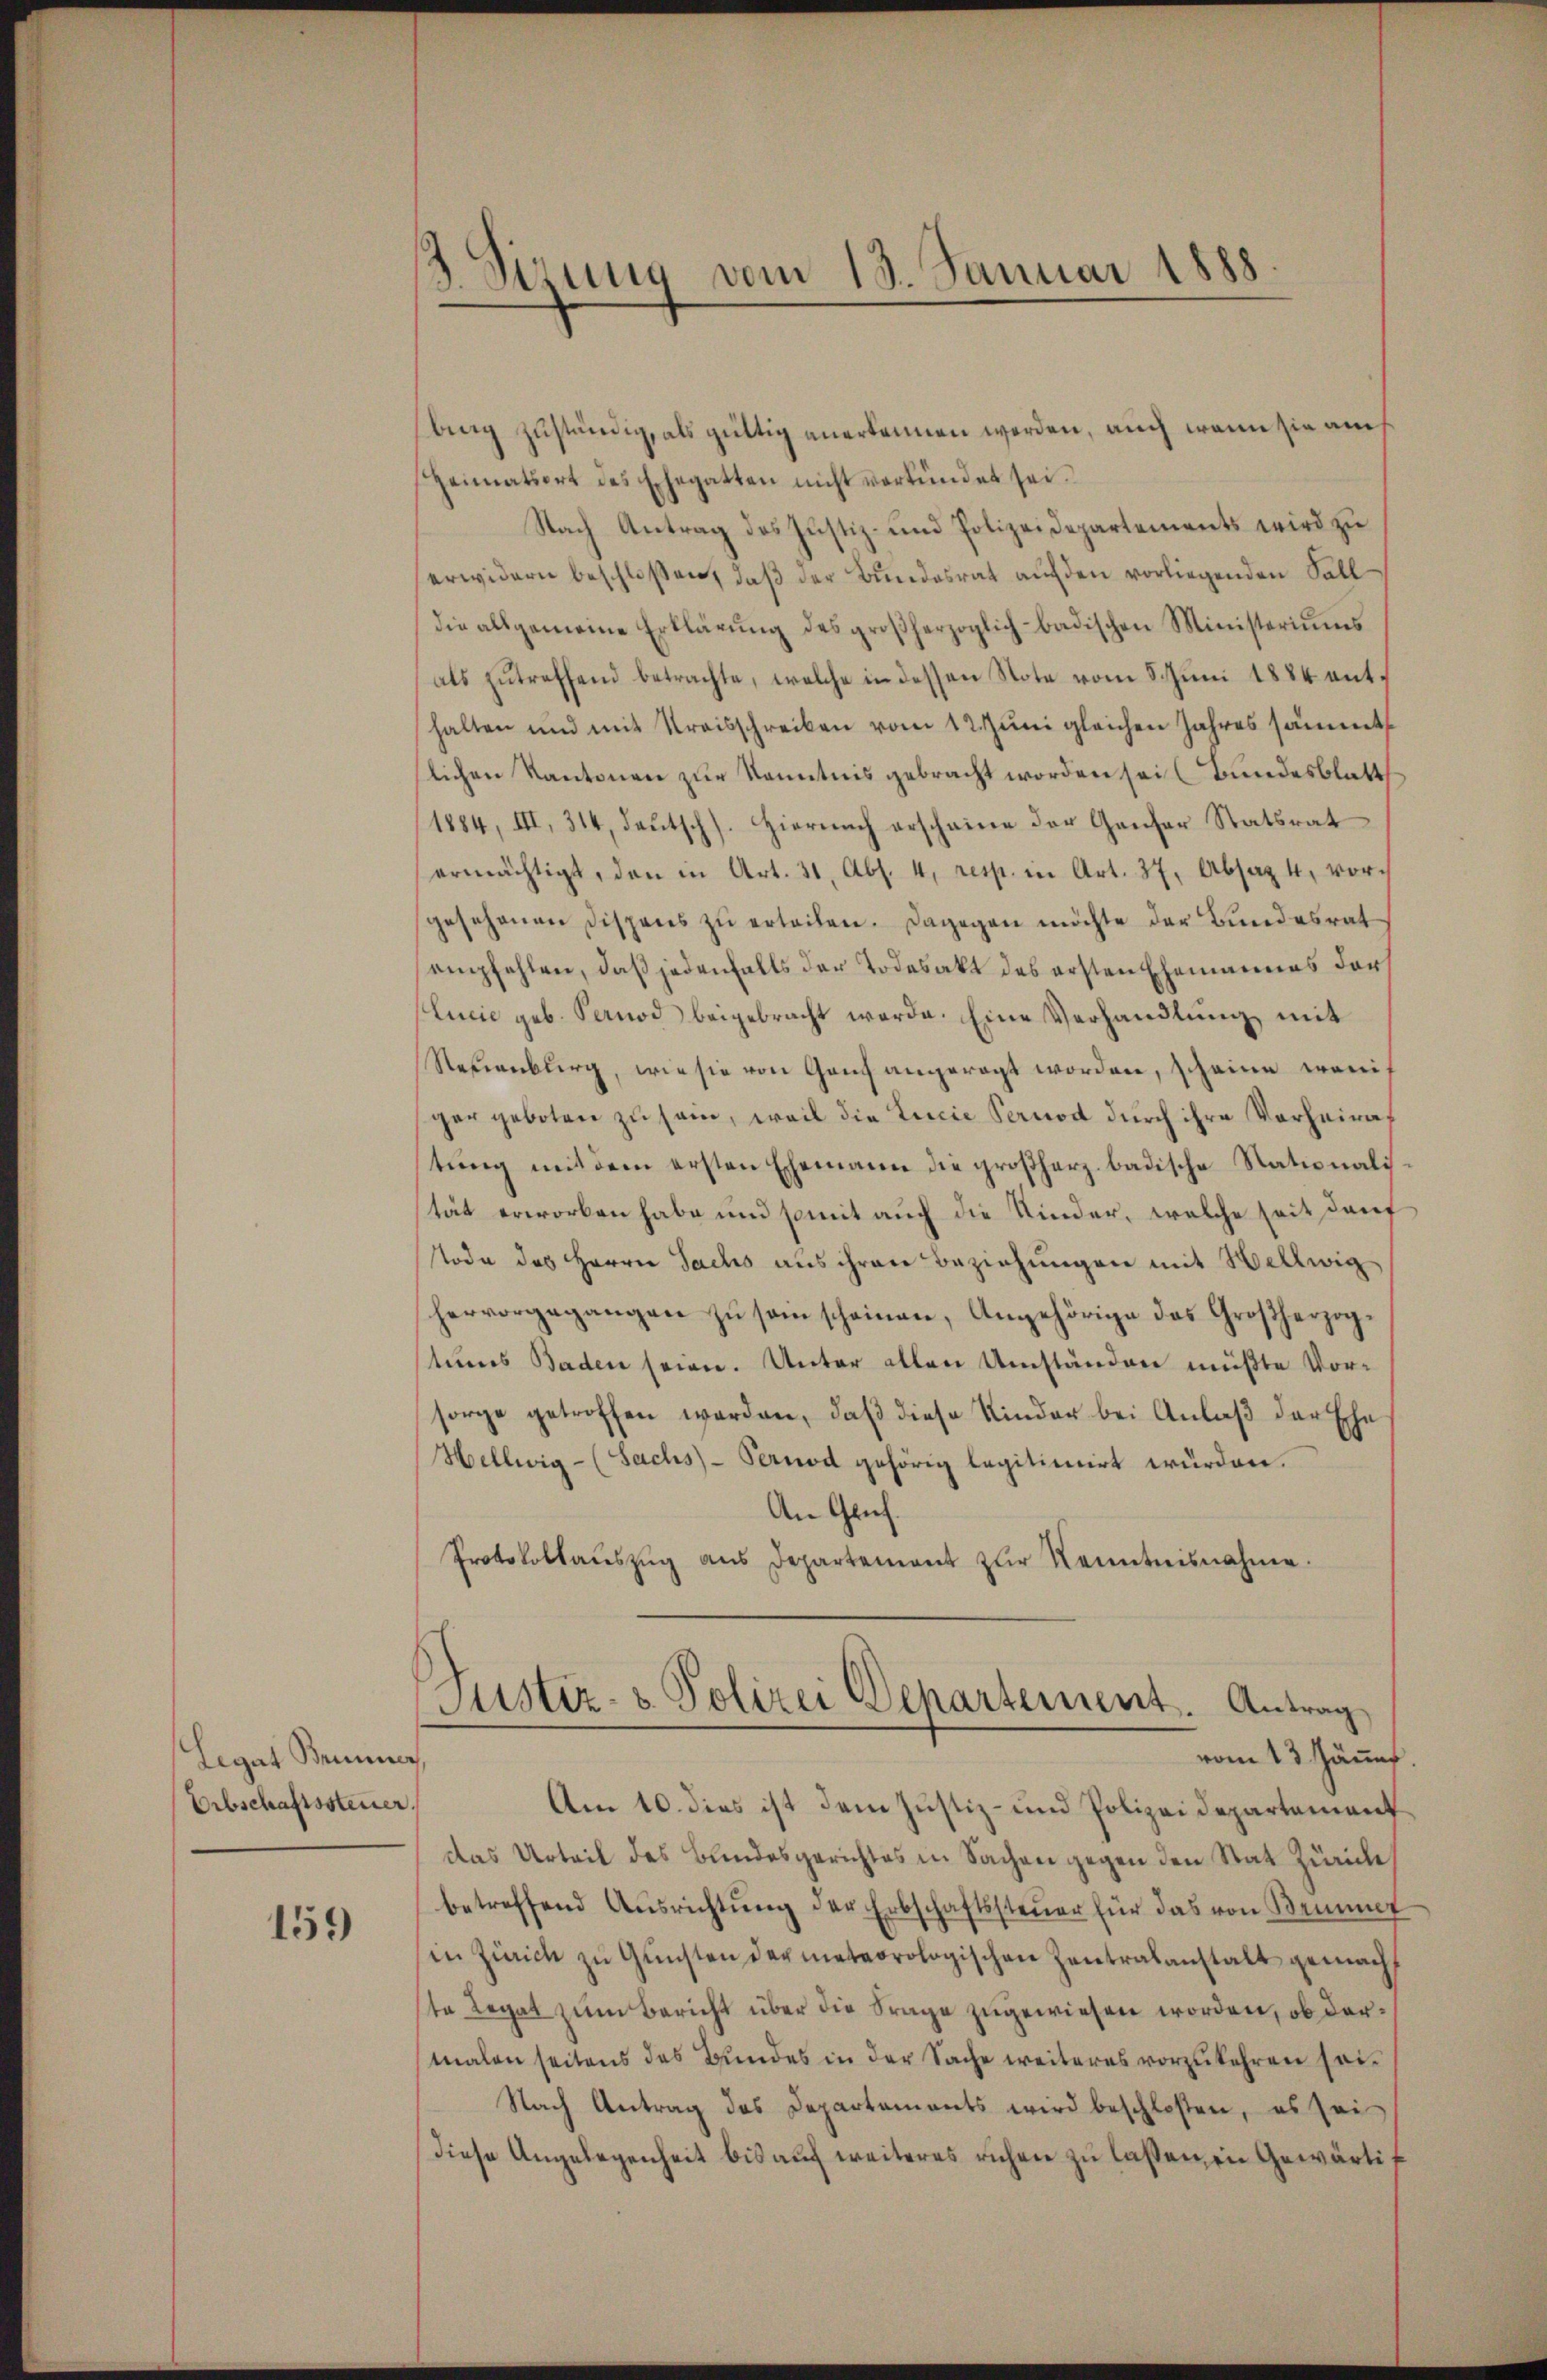
Legat Brunner
Erbschaftssteuer.

159

gung vom 18. Januar 1888.

bing zuständig, als gültig anerkennen werden, auch wenn sie auch
Heimatsort des Ehegatten nicht verkündet sei.
Nach Antrag des Justiz- und Polizeidepartements wird zu
erwidern beschloßen, daß der Bundesrat auf den vorliegenden Falldie allgemeine Erklärŭng des großherzoglich badischen Ministeriums
als zŭtreffend betrachte, welche in dessen Note vom 8. Jŭni 1884 ent-
halten und mit Kreisschreiben vom 12. Juni gleichen Jahres sämmt
slichen Kantonen zur Kenntnis gebracht worden sei (Bundesblatt
(1884, III, 314, deutsch). Hiernach erscheine der Genfer Statsrat
ermächtigt, den in Art. 31, Abs. 4, resp. in Art. 37, Absaz 4, vorgesehenen Dispens zu erteilen. Dagegen möchte der Bundesrat
empfehlen, daß jedenfalls der Todesakt des ersten Ehemannes der
lucie geb. Pernod beigebracht werde. Eine Verhandlung mit
Neuenburg, wie sie von Ganz angeregt worden, scheine wenig
ger geboten zu sam, weil die Linie Pernod durch ihre Verheiratung mit dem ersten Ehemann die großherz badische Stationalisstät erworben habe und somit auch die Kinder, welche seit darf
Node des Herrn Sachs aus ihren Beziehungen mit Hellwig
hervorgegangen zŭ saischeinen, Angehörige das Großherzogtums Baden seien. Unter allen Umständen müßte Vorsorge getroffen werden, daß diese Kinder bei Anlaß der Ehe
Hellwig- (Sachs-Pernod gehörig legitimirt würden.
An Gruf.
Protokollauszug aus Departement zŭr Kenntnisnahme.
Justiz- & Polizei Departement. Antrag
vom 13. Jänns.
Am 10. dies ist dem Justiz- und Polizeidepartement
das Urteil des Bundesgerichtes in Sachen gegen den Stat Zürich
betreffend Ausrichtŭng der Erbschaftssteuer für das von Brunner
in Zürich zu Gunsten der meteorologischen Zentralanstalt gemachte Legat zum Bericht über die Frage zugewiesen worden, ob dermalen seitens des Bundes in der Sache weiteres vorzukehren sei¬
Nach Antrag des Departements wird beschloßen, es sei
diese Angelegenheit bis auf weiteres richen zu laßen, in Gewärtig